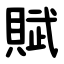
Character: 賦